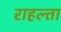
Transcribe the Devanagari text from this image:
राहल्ता